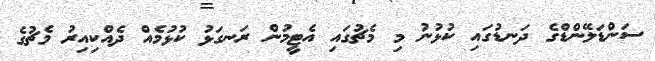
ސަންޑަލޭންޑްގެ ދަނޑުގައި ކުޅުނު މި މެޗުގައި އެޓީމުން ރަނގަޅު ކުޅުމެއް ދެއްކިއިރު މެޗުގެ